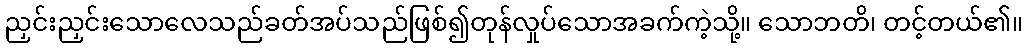
ညှင်းညှင်းသောလေသည်ခတ်အပ်သည်ဖြစ်၍တုန်လှုပ်သောအခက်ကဲ့သို့။ သောဘတိ၊ တင့်တယ်၏။